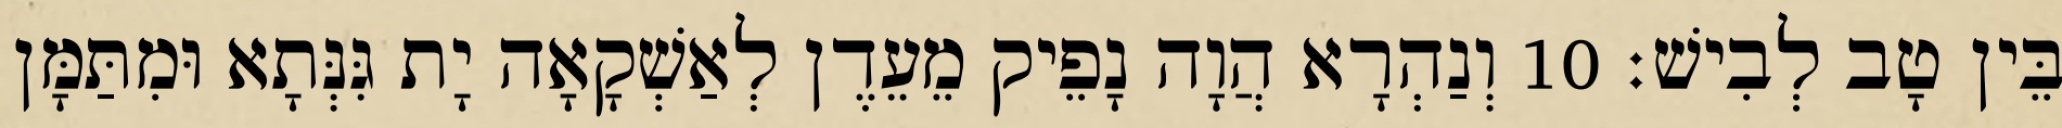
בֵּין טָב לְבִישׁ׃ 10 וְנַהְרָא הֲוָה נָפֵיק מֵעֵדֶן לְאַשְׁקָאָה יָת גִּנְּתָא וּמִתַּמָּן